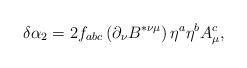
\begin{align*}\delta \alpha _2=2f_{abc}\left( \partial _\nu B^{*\nu \mu }\right)\eta ^a\eta ^bA_\mu ^c,\end{align*}